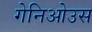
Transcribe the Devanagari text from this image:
गेनिओउस